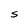
Character: S